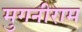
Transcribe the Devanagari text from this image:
मुगनीराम